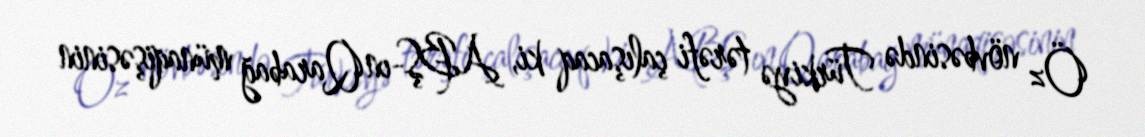
Öz növbəsində Türkiyə tərəfi çalışacaq ki, ABŞ-ın Qarabağ münaqişəsinin